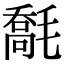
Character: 𣯹